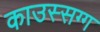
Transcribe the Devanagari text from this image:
काउस्सग्ग